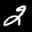
Label: 2